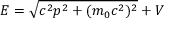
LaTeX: E = { \sqrt { c ^ { 2 } p ^ { 2 } + ( m _ { 0 } c ^ { 2 } ) ^ { 2 } } } + V